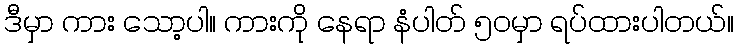
ဒီမှာ ကား သော့ပါ။ ကားကို နေရာ နံပါတ် ၅၀မှာ ရပ်ထားပါတယ်။